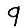
Digit: 9